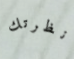
نظرتك